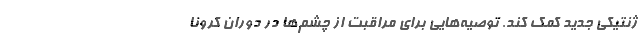
ژنتیکی جدید کمک کند. توصیه‌هایی برای مراقبت از چشم‌ها در دوران کرونا